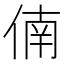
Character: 㑲